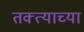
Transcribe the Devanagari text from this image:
तक्त्याच्या